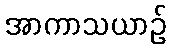
အာကာသယာဉ်